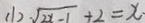
( 1 ) \sqrt { 2 x - 1 } + 2 = x